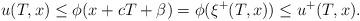
LaTeX: \begin{align*}u(T,x) \leq \phi(x +cT +\beta) = \phi(\xi^+(T,x)) \leq u^+(T,x) .\end{align*}